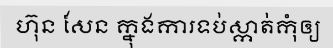
ហ៊ុន សែន ក្នុងការទប់ស្កាត់កុំឲ្យ